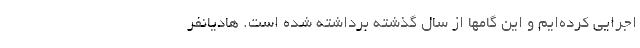
اجرایی کرده‌ایم و این گامها از سال گذشته برداشته شده است. هادیانفر